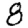
Digit: 8